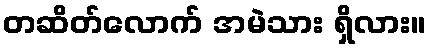
တဆိတ်လောက် အမဲသား ရှိလား။